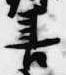
善